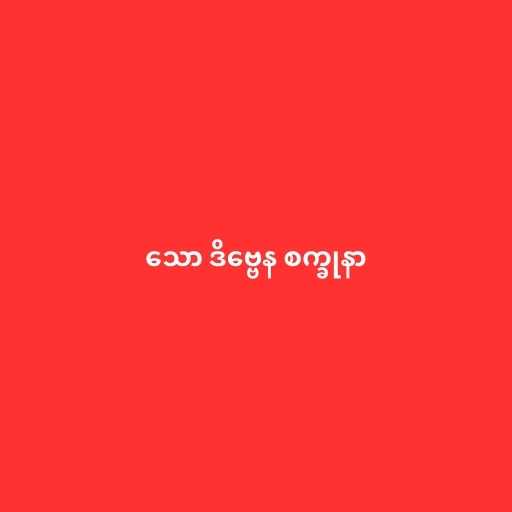
သော ဒိဗ္ဗေန စက္ခုနာ